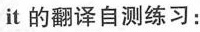
it的翻译自测练习：